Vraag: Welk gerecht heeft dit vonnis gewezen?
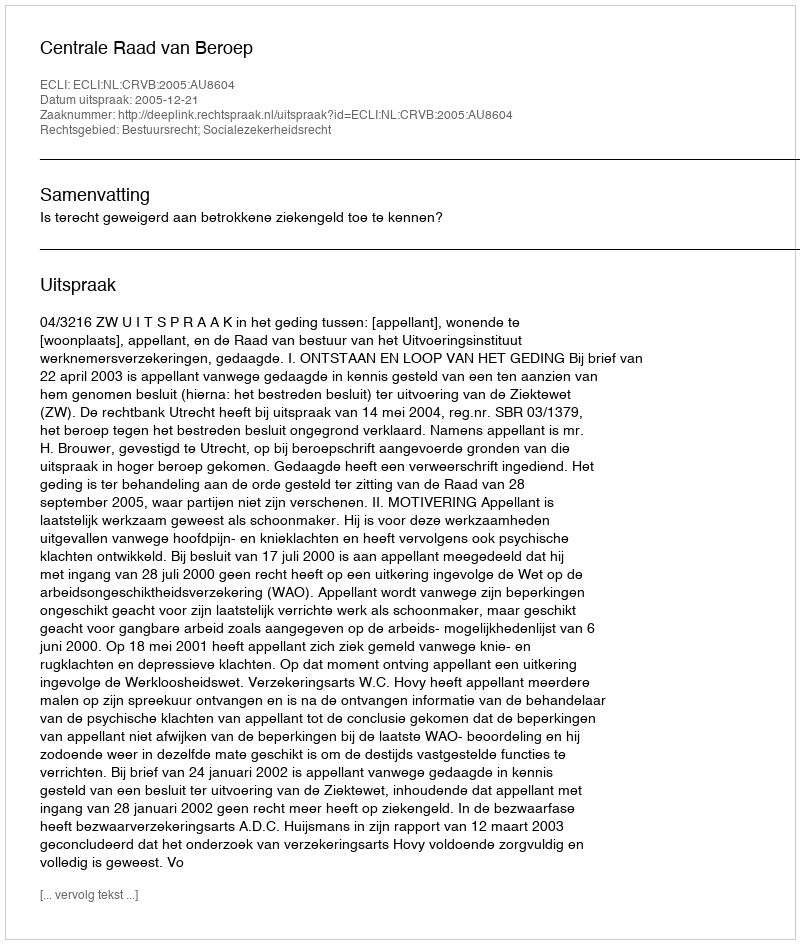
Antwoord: Centrale Raad van Beroep